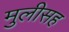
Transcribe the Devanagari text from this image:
मुलीसह